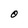
Character: 0